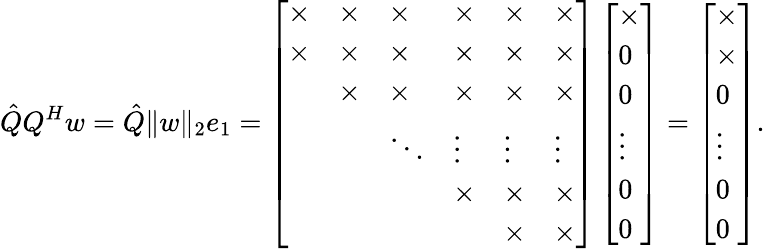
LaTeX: \hat{Q}Q^{H}w=\hat{Q}\Vert w\Vert_{2}e_{1}=\left[\begin{array}{llllll}{\times}&{\times}&{\times}&{\times}&{\times}&{\times}\\ {\times}&{\times}&{\times}&{\times}&{\times}&{\times}\\ &{\times}&{\times}&{\times}&{\times}&{\times}\\ &&{\ddots}&{\vdots}&{\vdots}&{\vdots}\\ &&&{\times}&{\times}&{\times}\\ &&&&{\times}&{\times}\end{array}\right]\left[\begin{array}{l}{\times}\\ {0}\\ {0}\\ {\vdots}\\ {0}\\ {0}\end{array}\right]=\left[\begin{array}{l}{\times}\\ {\times}\\ {0}\\ {\vdots}\\ {0}\\ {0}\end{array}\right].